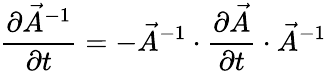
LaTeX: \frac{\partial\vec{A}^{-1}}{\partial t}=-\vec{A}^{-1}\cdot\frac{\partial\vec{A}}{\partial t}\cdot\vec{A}^{-1}